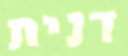
דנית